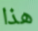
هذا